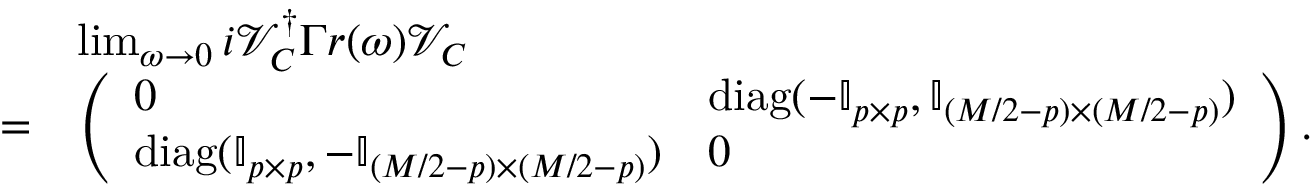
\begin{array} { r l } & { \operatorname* { l i m } _ { \omega \rightarrow 0 } i \mathcal { V } _ { C } ^ { \dagger } \Gamma r ( \omega ) \mathcal { V } _ { C } } \\ { = } & { \left( \begin{array} { l l } { 0 } & { \mathrm { d i a g } ( - \mathbb { I } _ { p \times p } , \mathbb { I } _ { ( M / 2 - p ) \times ( M / 2 - p ) } ) } \\ { \mathrm { d i a g } ( \mathbb { I } _ { p \times p } , - \mathbb { I } _ { ( M / 2 - p ) \times ( M / 2 - p ) } ) } & { 0 } \end{array} \right) . } \end{array}